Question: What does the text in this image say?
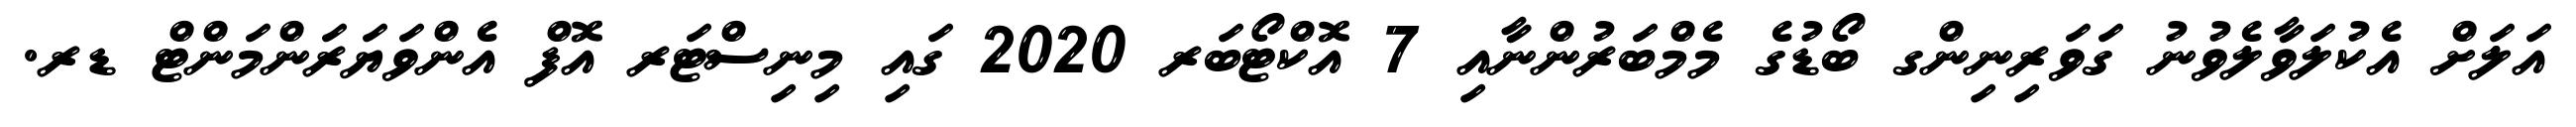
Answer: އަލަށް އެކުލަވާލެވުނު ގަވަރިނިންގ ބޯޑުގެ މެމްބަރުންނާއި 7 އޮކްޓޯބަރ 2020 ގައި މިނިސްޓަރ އޮފް އެންވަޔަރަންމަންޓް ޑރ.